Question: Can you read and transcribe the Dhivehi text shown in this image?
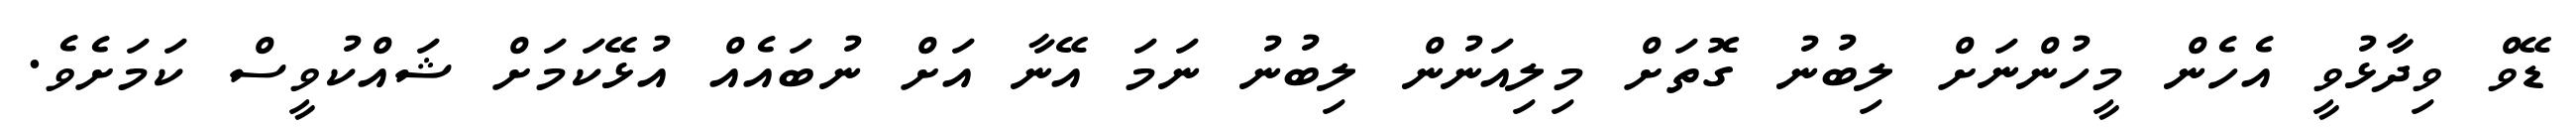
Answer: ޑޭވް ވިދާާޅުވީ އެހެން މީހުންނަށް ލިބުނު ގޮތަށް މިލިއަނުން ލިބުނު ނަމަ އޭނާ އަށް ނުބައެއް އުޅޭކަމަށް ޝައްކުވީސް ކަމަށެވެ.